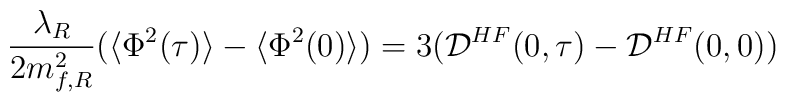
\frac{\lambda_R}{2m_{f,R}^2}(\langle\Phi^2(\tau)\rangle -\langle\Phi^2(0)\rangle)=3({\cal{D}}^{HF}(0,\tau)- {\cal{D}}^{HF}(0,0))